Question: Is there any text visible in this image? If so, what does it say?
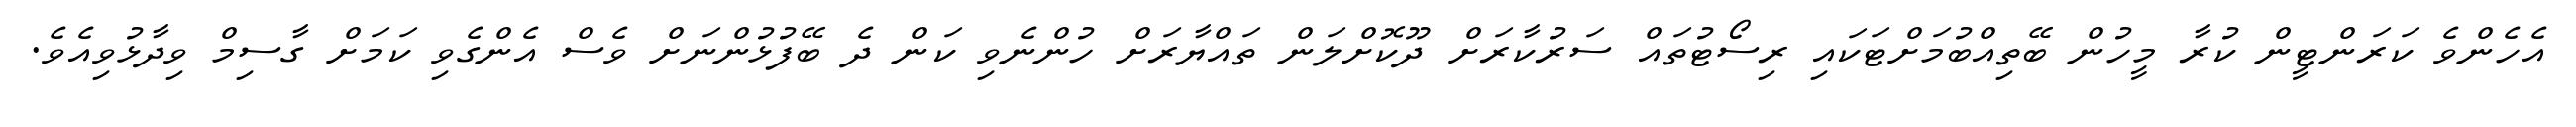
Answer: އެހެންވެ ކަރަންޓީން ކުރާ މީހުން ބޭތިއްބުމަށްޓަކައި ރިސޯޓުތައް ސަރުކާރަށް ދޫކޮށްލަން ތައްޔާރަށް ހުންނެވި ކަން ދެ ބޭފުޅުންނަށް ވެސް އެންގެވި ކަމަށް ގާސިމް ވިދާޅުވިއެވެ.